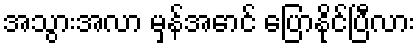
အသွားအလာ မှန်အောင် ပြောနိုင်ပြီလား